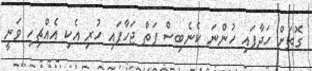
ގޮތަށް ހަދާފައި ހުންނަ ކެނެބިސް ފަތް ޖަހާފައި ހުރި އެކި އެއްޗިހި ވަނީ